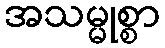
အသမ္မုစ္စာ